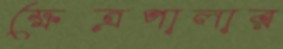
ক্ষেত্রপালার